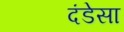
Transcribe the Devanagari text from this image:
दंडेसा